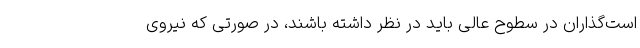
است‌گذاران در سطوح عالی باید در نظر داشته باشند، در صورتی که نیروی